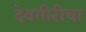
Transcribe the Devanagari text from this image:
देवगीरीचा